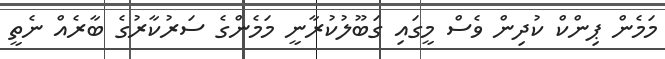
މަމެން ޕިންކް ކުދިން ވެސް މީގައި ގަބޫލުކުރާނީ މަމެންގެ ސަރުކާރުގެ ބާރެއް ނެތީ